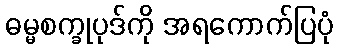
ဓမ္မစက္ခုပုဒ်ကို အရကောက်ပြပုံ